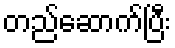
တည်ဆောက်ပြီး